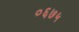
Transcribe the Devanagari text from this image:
०६७५